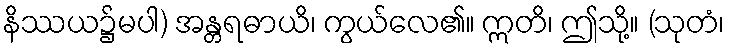
နိဿယ၌မပါ) အန္တရဓာယိ၊ ကွယ်လေ၏။ ဣတိ၊ ဤသို့။ (သုတံ၊